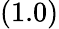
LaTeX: (1.0)